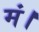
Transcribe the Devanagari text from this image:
मं।